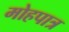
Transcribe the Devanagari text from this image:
मोहपात्र